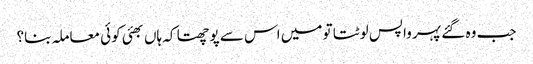
جب وہ گئے پہر واپس لوٹتا تو میں اس سے پوچھتا کہ ہاں بھئی کوئی معاملہ بنا؟